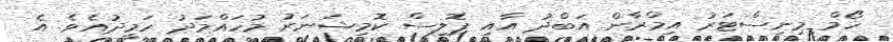
ހޯމް މިނިސްޓަރު އިމްރާން އަބްދު އާއި ޕޮލިސް ކޮމިޝަނަރު މުހައްމަދު ހަމީދުއެވެ. އެ